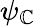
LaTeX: \psi_{\mathbb{C}}